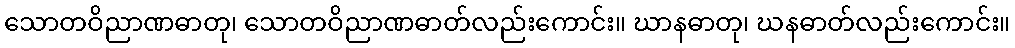
သောတဝိညာဏဓာတု၊ သောတဝိညာဏဓာတ်လည်းကောင်း။ ဃာနဓာတု၊ ဃနဓာတ်လည်းကောင်း။